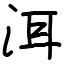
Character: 洱